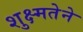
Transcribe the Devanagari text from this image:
शुक्ष्मतेने